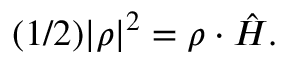
( 1 / 2 ) | \rho | ^ { 2 } = { \rho } \cdot \hat { H } .